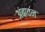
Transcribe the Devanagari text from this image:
अंबावन